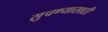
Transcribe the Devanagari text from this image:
सुचण्यासाठी